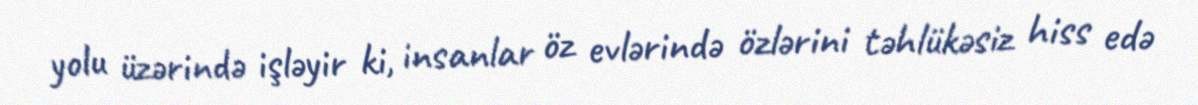
yolu üzərində işləyir ki, insanlar öz evlərində özlərini təhlükəsiz hiss edə